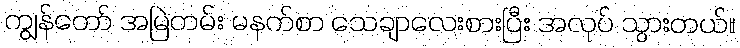
ကျွန်တော် အမြဲတမ်း မနက်စာ သေချာလေးစားပြီး အလုပ် သွားတယ်။